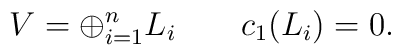
V= \oplus_{i=1}^{n} L_i \qquad c_1(L_i)=0.